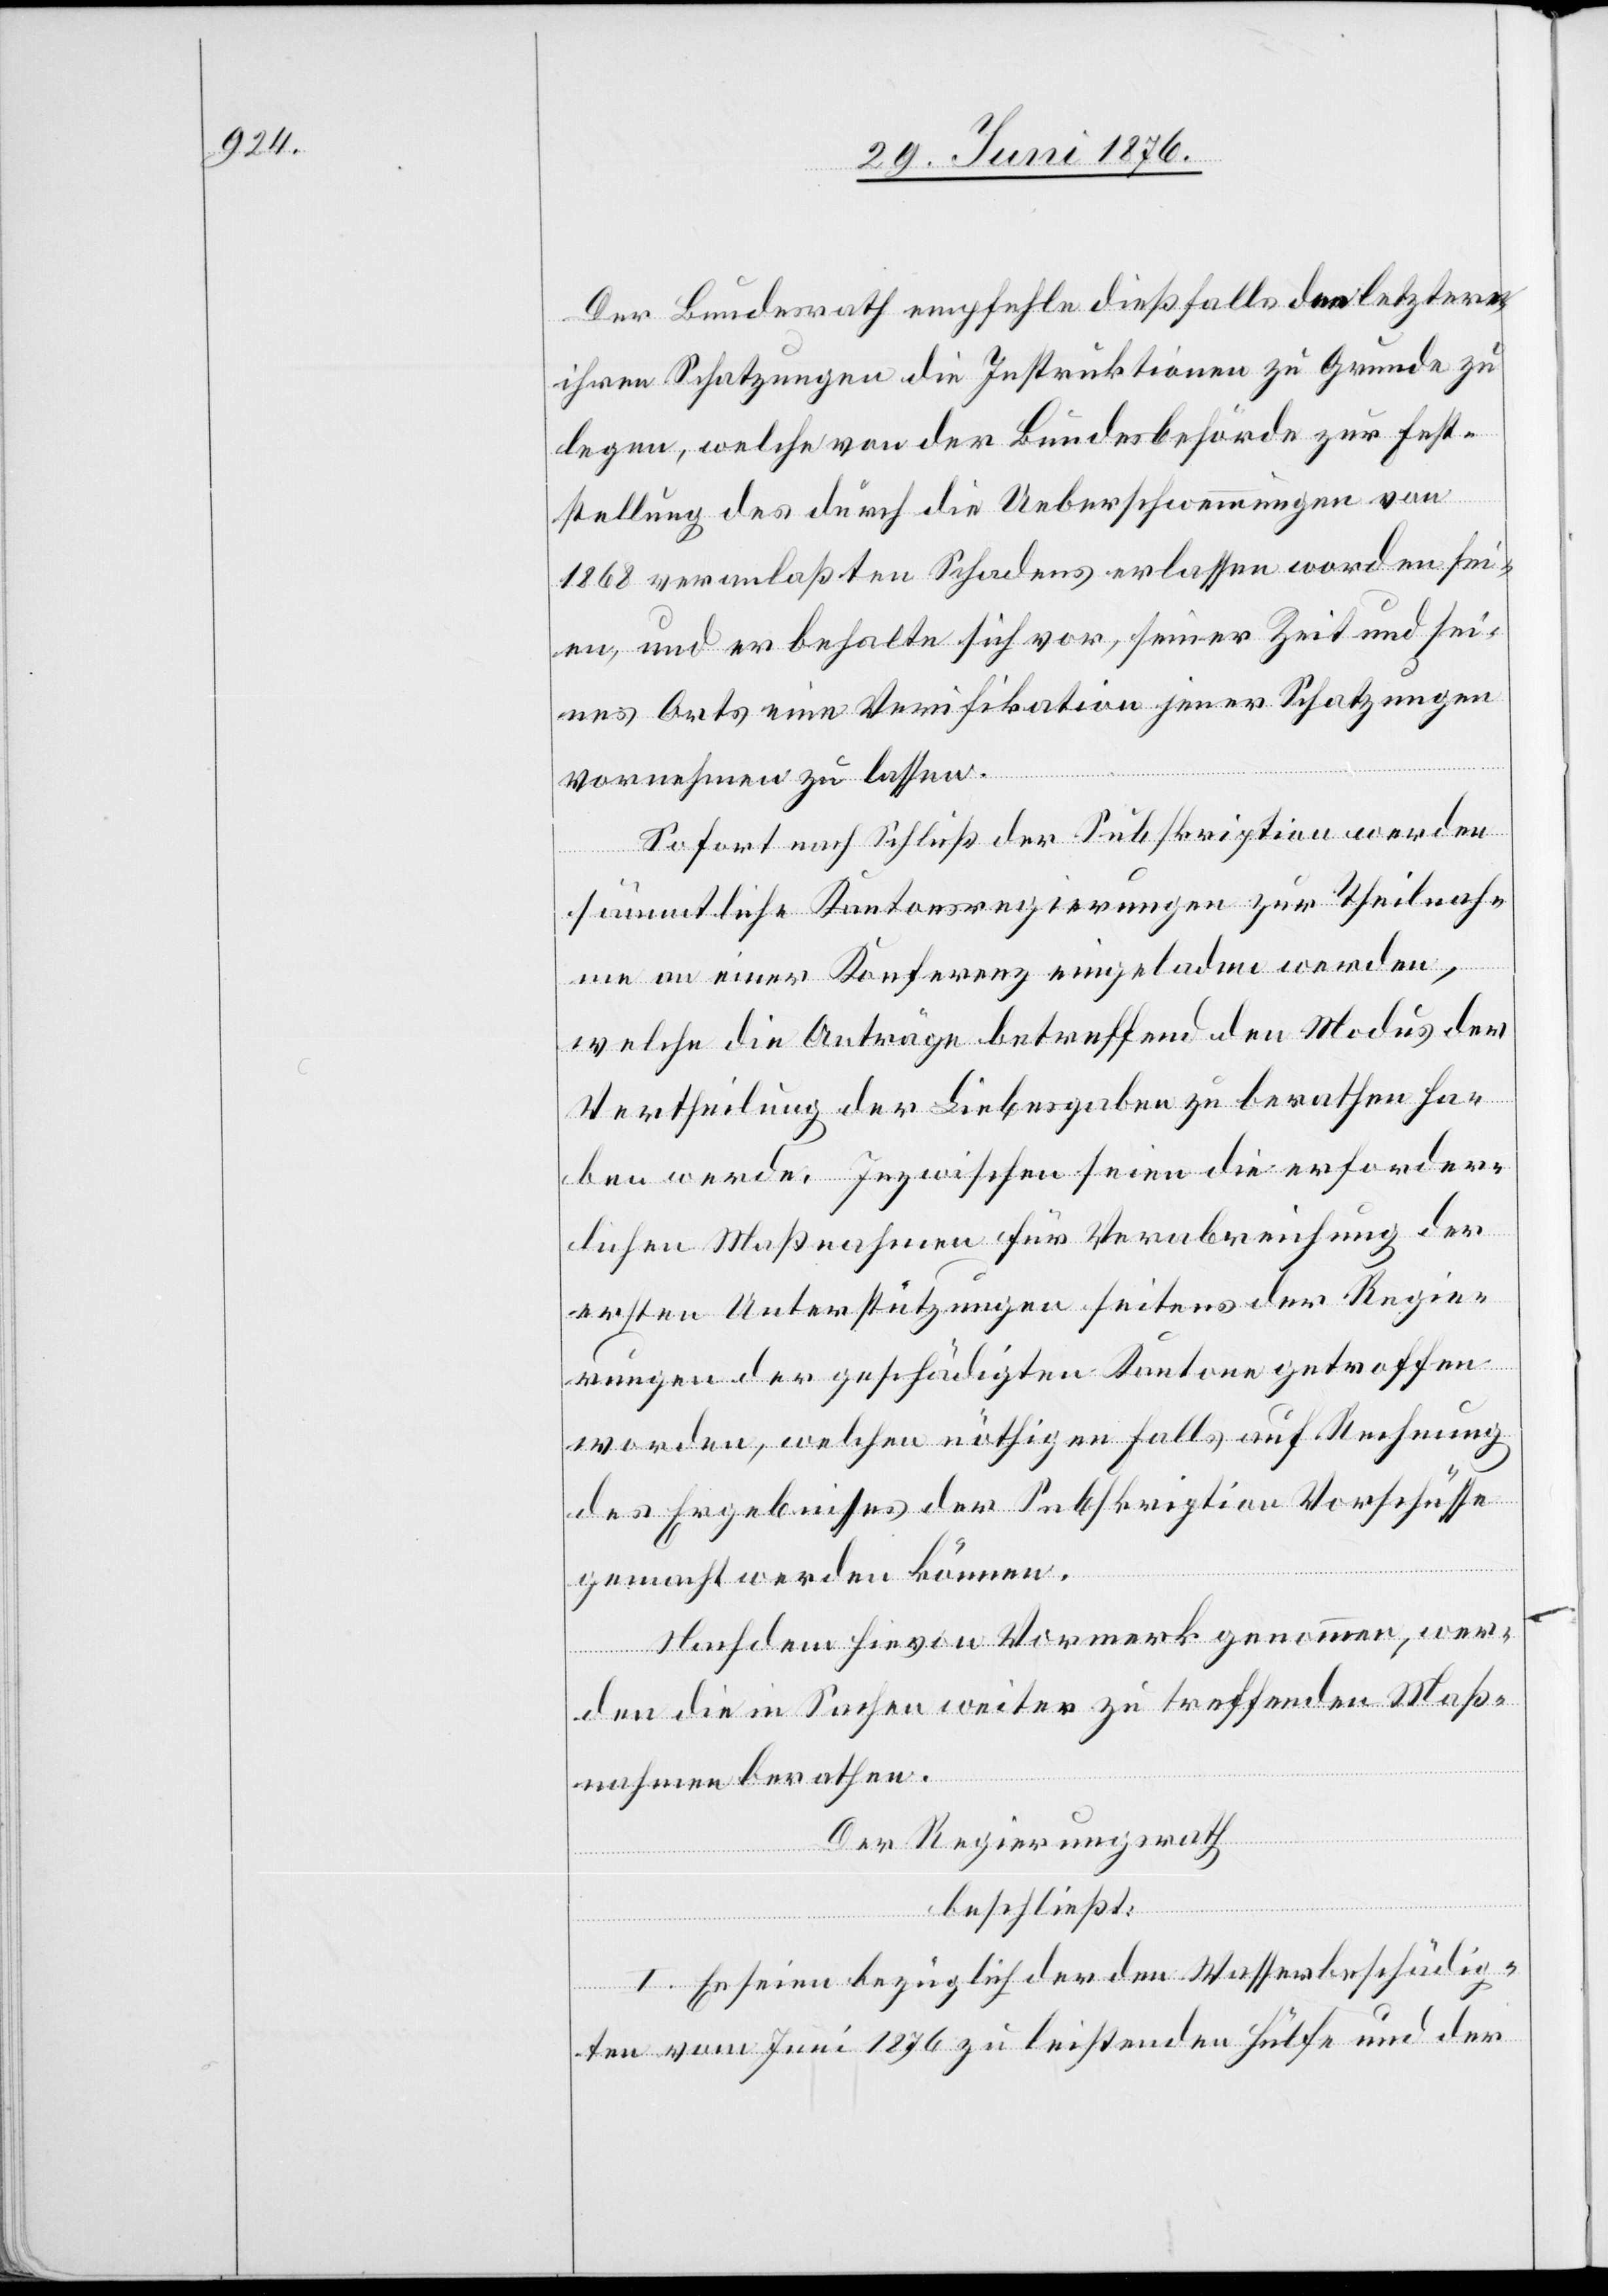
Der Bundesrath empfehle dießfalls den letztern
ihren Schatzungen die Instruktionen zu Grunde zu
legen, welche von der Bundesbehörde zur Fest¬
stellung des durch die Ueberschwemmungen von
1868 veranlaßten Schadens erlassen worden sei¬
en, und er behalte sich vor, seiner Zeit und sei¬
nes Orts eine Verifikation jener Schatzungen
vornehmen zu lassen.
Sofort nach Schluß der Subskription werden
gi¬
sämmtliche Kantonsregierungen zur Theilnah¬
me an einer Konferenz eingeladen werden,
welche die Anträge betreffend den Modus der
Vertheilung der Liebesgaben zu berathen ha¬
ben werde. Inzwischen seien die erforderlic¬
erungen der geschädigten Kantone getroffen
worden, welchen nöthigenfalls auf Rechnung
des Ergebnisses der Subskription Vorschüsse
gemacht werden können.
Nachdem hievon Vormerk genommen, wer¬
den die in Sachen weiter zu treffenden Maß¬
nahmen berathen.
Der Regierungsrath
beschließt:
I. Es seien bezüglich der den Wasserbeschädig¬
ten vom Juni 1876 zu leistenden Hülfe und der